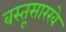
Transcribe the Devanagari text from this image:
वस्तूसारखे